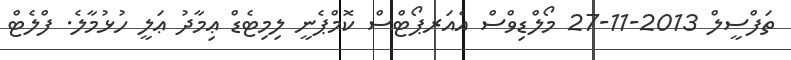
ތަފްސީލް 2013-11-27 މޯލްޑިވްސް އެއަރޕޯޓްސް ކޮމްޕެނީ ލިމިޓެޑް ޢިމާދު ޢަލީ ހުޅުމާލެ. ފްލެޓް